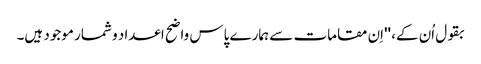
بقول اُن کے، ''اِن مقامات سے ہمارے پاس واضح اعداد و شمار موجود ہیں۔